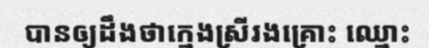
បានឲ្យដឹងថាក្មេងស្រីរងគ្រោះ ឈ្មោះ